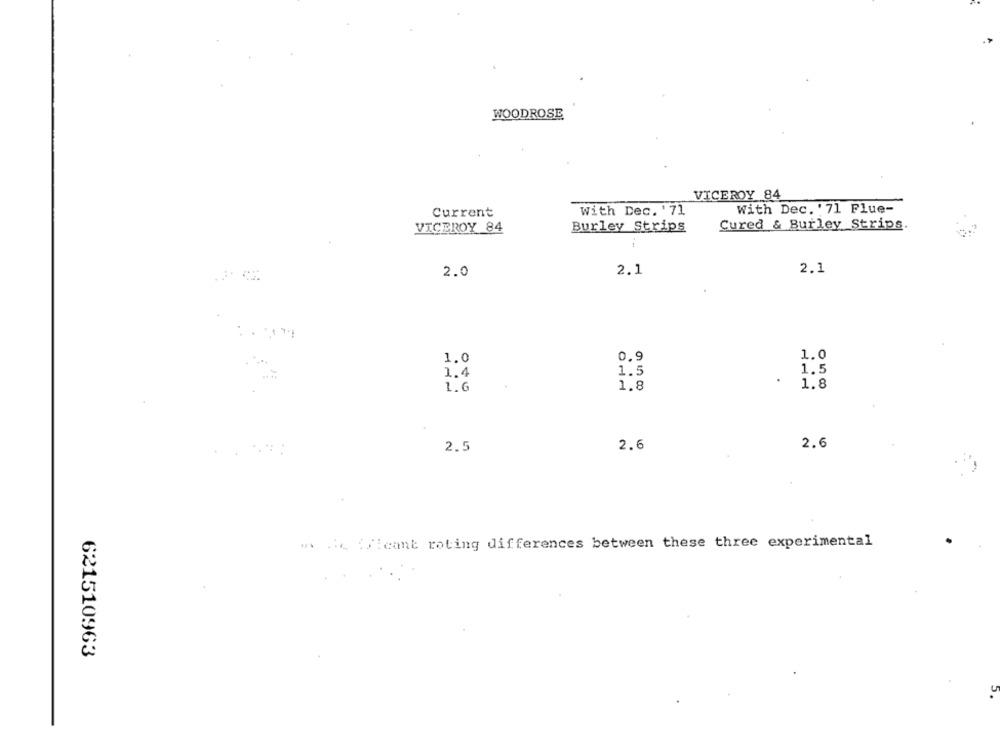
WOODROSE
VICEROY 84
With Dec. '71
With Dec. '71 Flue-
Current
Cured & Burley Strips.
VICEROY 84
Burley Strips
2.1
2.0
2.1
1.0
0.9
1.0
1.4
1.5
1.5
1.6
1.8
1.8
2.5
2.6
2.6
w. ... Wleant roting differences between these three experimental
621510963